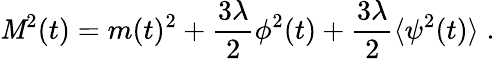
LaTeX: \mathit{M}^{2}(t)=m(t)^{2}+\frac{{3\lambda}}{{2}}\phi^{2}(t)+\frac{{3\lambda}}{{2}}\langle\psi^{2}(t)\rangle\; .